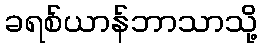
ခရစ်ယာန်ဘာသာသို့